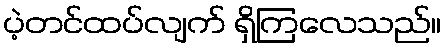
ပဲ့တင်ထပ်လျက် ရှိကြလေသည်။